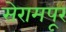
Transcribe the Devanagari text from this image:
सेरामपूर